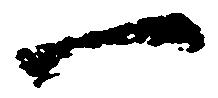
一